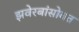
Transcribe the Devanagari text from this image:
झवेरबांसोबत